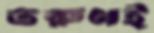
তরুণই